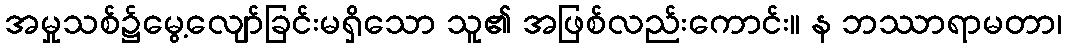
အမှုသစ်၌မွေ့လျော်ခြင်းမရှိသော သူ၏ အဖြစ်လည်းကောင်း။ န ဘဿာရာမတာ၊